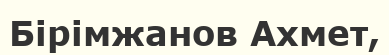
Бірімжанов Ахмет,